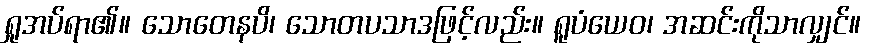
ရှုအပ်ရာ၏။ သောတေနပိ၊ သောတပသာဒဖြင့်လည်း။ ရူပံယေဝ၊ အဆင်းကိုသာလျှင်။